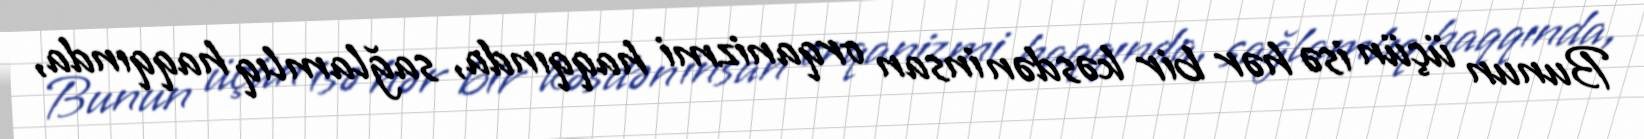
Bunun üçün isə hər bir kəsdən insan orqanizmi haqqında, sağlamlıq haqqında,